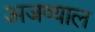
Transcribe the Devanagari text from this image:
अजव्याल